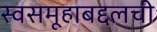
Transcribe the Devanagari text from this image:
स्वसमूहाबद्दलची